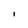
Character: I